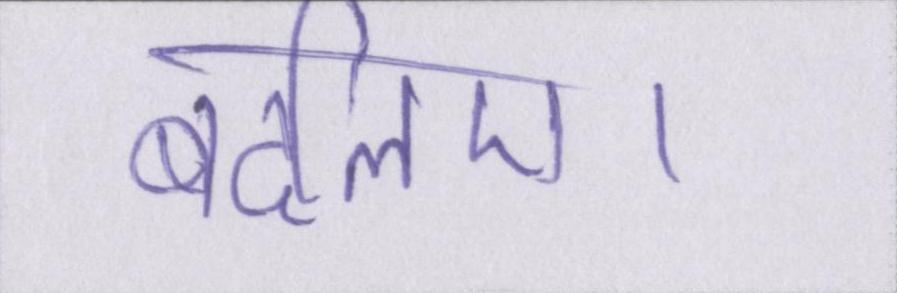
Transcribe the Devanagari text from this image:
बदलिए।